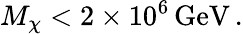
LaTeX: M_{\chi}<2\times 10^{6}\, \mathrm{GeV}\, .